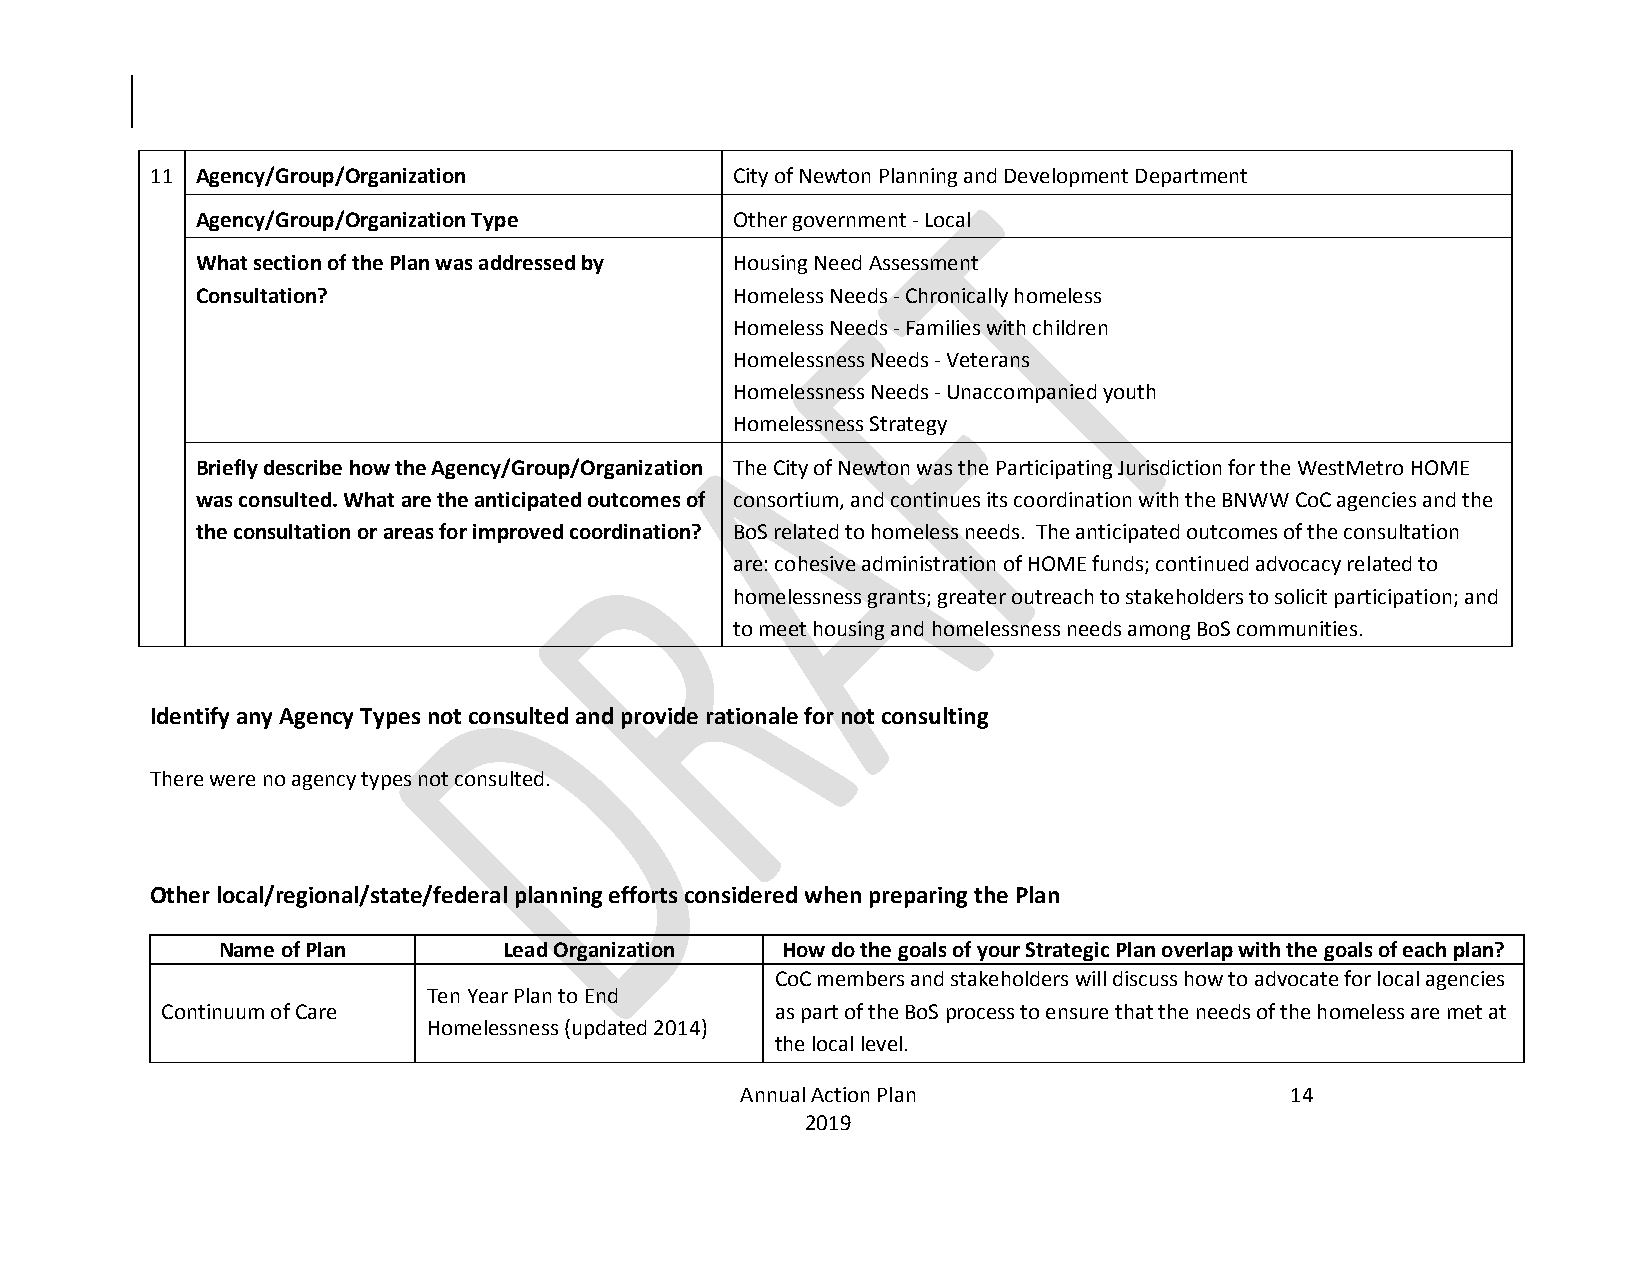
11 Agency/Group/Organization          City of Newton Planning and Development Department
 Agency/Group/Organization Type     Other government - Local
 What section of the Plan was addressed by Housing Need Assessment
 Consultation?                      Homeless Needs - Chronically homeless
 Homeless Needs - Families with children
 Homelessness Needs - Veterans
 Homelessness Needs - Unaccompanied youth
 Homelessness Strategy
 Briefly describe how the Agency/Group/Organization The City of Newton was the Participating Jurisdiction for the WestMetro HOME
 was consulted. What are the anticipated outcomes of consortium, and continues its coordination with the BNWW CoC agencies and the
 the consultation or areas for improved coordination? BoS related to homeless needs. The anticipated outcomes of the consultation
 are: cohesive administration of HOME funds; continued advocacy related to
 homelessness grants; greater outreach to stakeholders to solicit participation; and
 to meet housing and homelessness needs among BoS communities.
 Identify any Agency Types not consulted and provide rationale for not consulting
 There were no agency types not consulted.
 Other local/regional/state/federal planning efforts considered when preparing the Plan
 Name of Plan       Lead Organization  How do the goals of your Strategic Plan overlap with the goals of each plan?
 CoC members and stakeholders will discuss how to advocate for local agencies
 Ten Year Plan to End
 Continuum of Care                       as part of the BoS process to ensure that the needs of the homeless are met at
 Homelessness (updated 2014)
 the local level.
 Annual Action Plan                  14
 2019